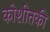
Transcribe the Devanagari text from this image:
कोशीतकी